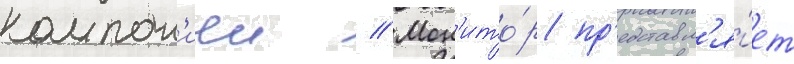
компан'иеи // Мон'ито́р пр'едставл'я́ет